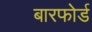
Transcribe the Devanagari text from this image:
बारफोर्ड